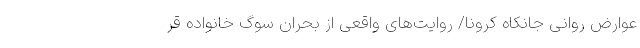
عوارض روانی جانکاه کرونا/ روایت‌های واقعی از بحران سوگ خانواده قر